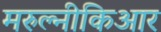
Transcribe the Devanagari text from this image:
मरुल्नीकिआर